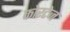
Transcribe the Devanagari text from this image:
कोरटेज